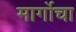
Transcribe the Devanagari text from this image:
मार्गोचा